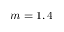
m = 1 , 4